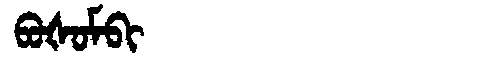
Manchu: ᠪᠣᡧᠣᠮᠪᡳ
Romanization: BOŠOMBI